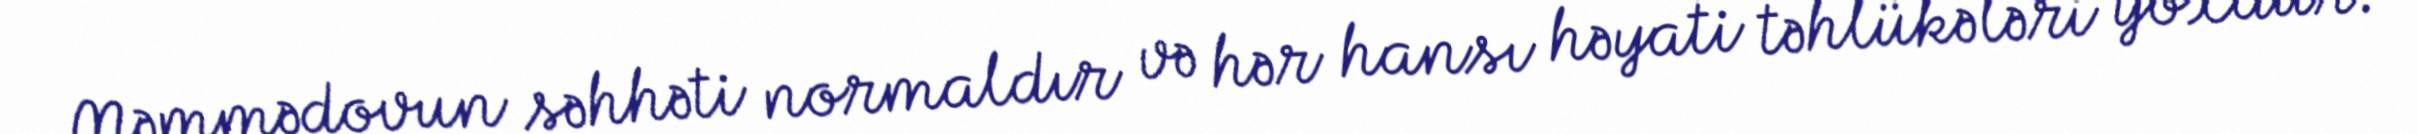
Məmmədovun səhhəti normaldır və hər hansı həyati təhlükələri yoxdur.